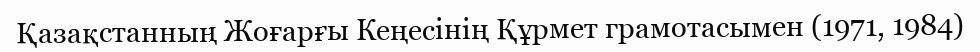
Қазақстанның Жоғарғы Кеңесінің Құрмет грамотасымен (1971, 1984)